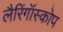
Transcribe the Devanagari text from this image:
लैरिंगॉस्कोप